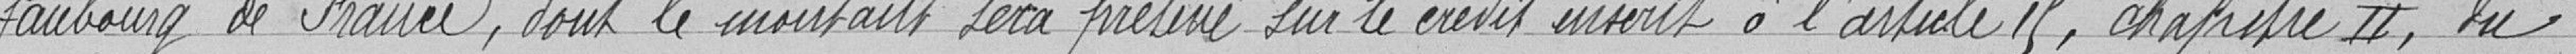
faubourg de France, dont le montant sera prélevé sur le crédit inscrit à l'article 15, chapitre II, du